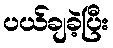
ပယ်ချခဲ့ပြီး